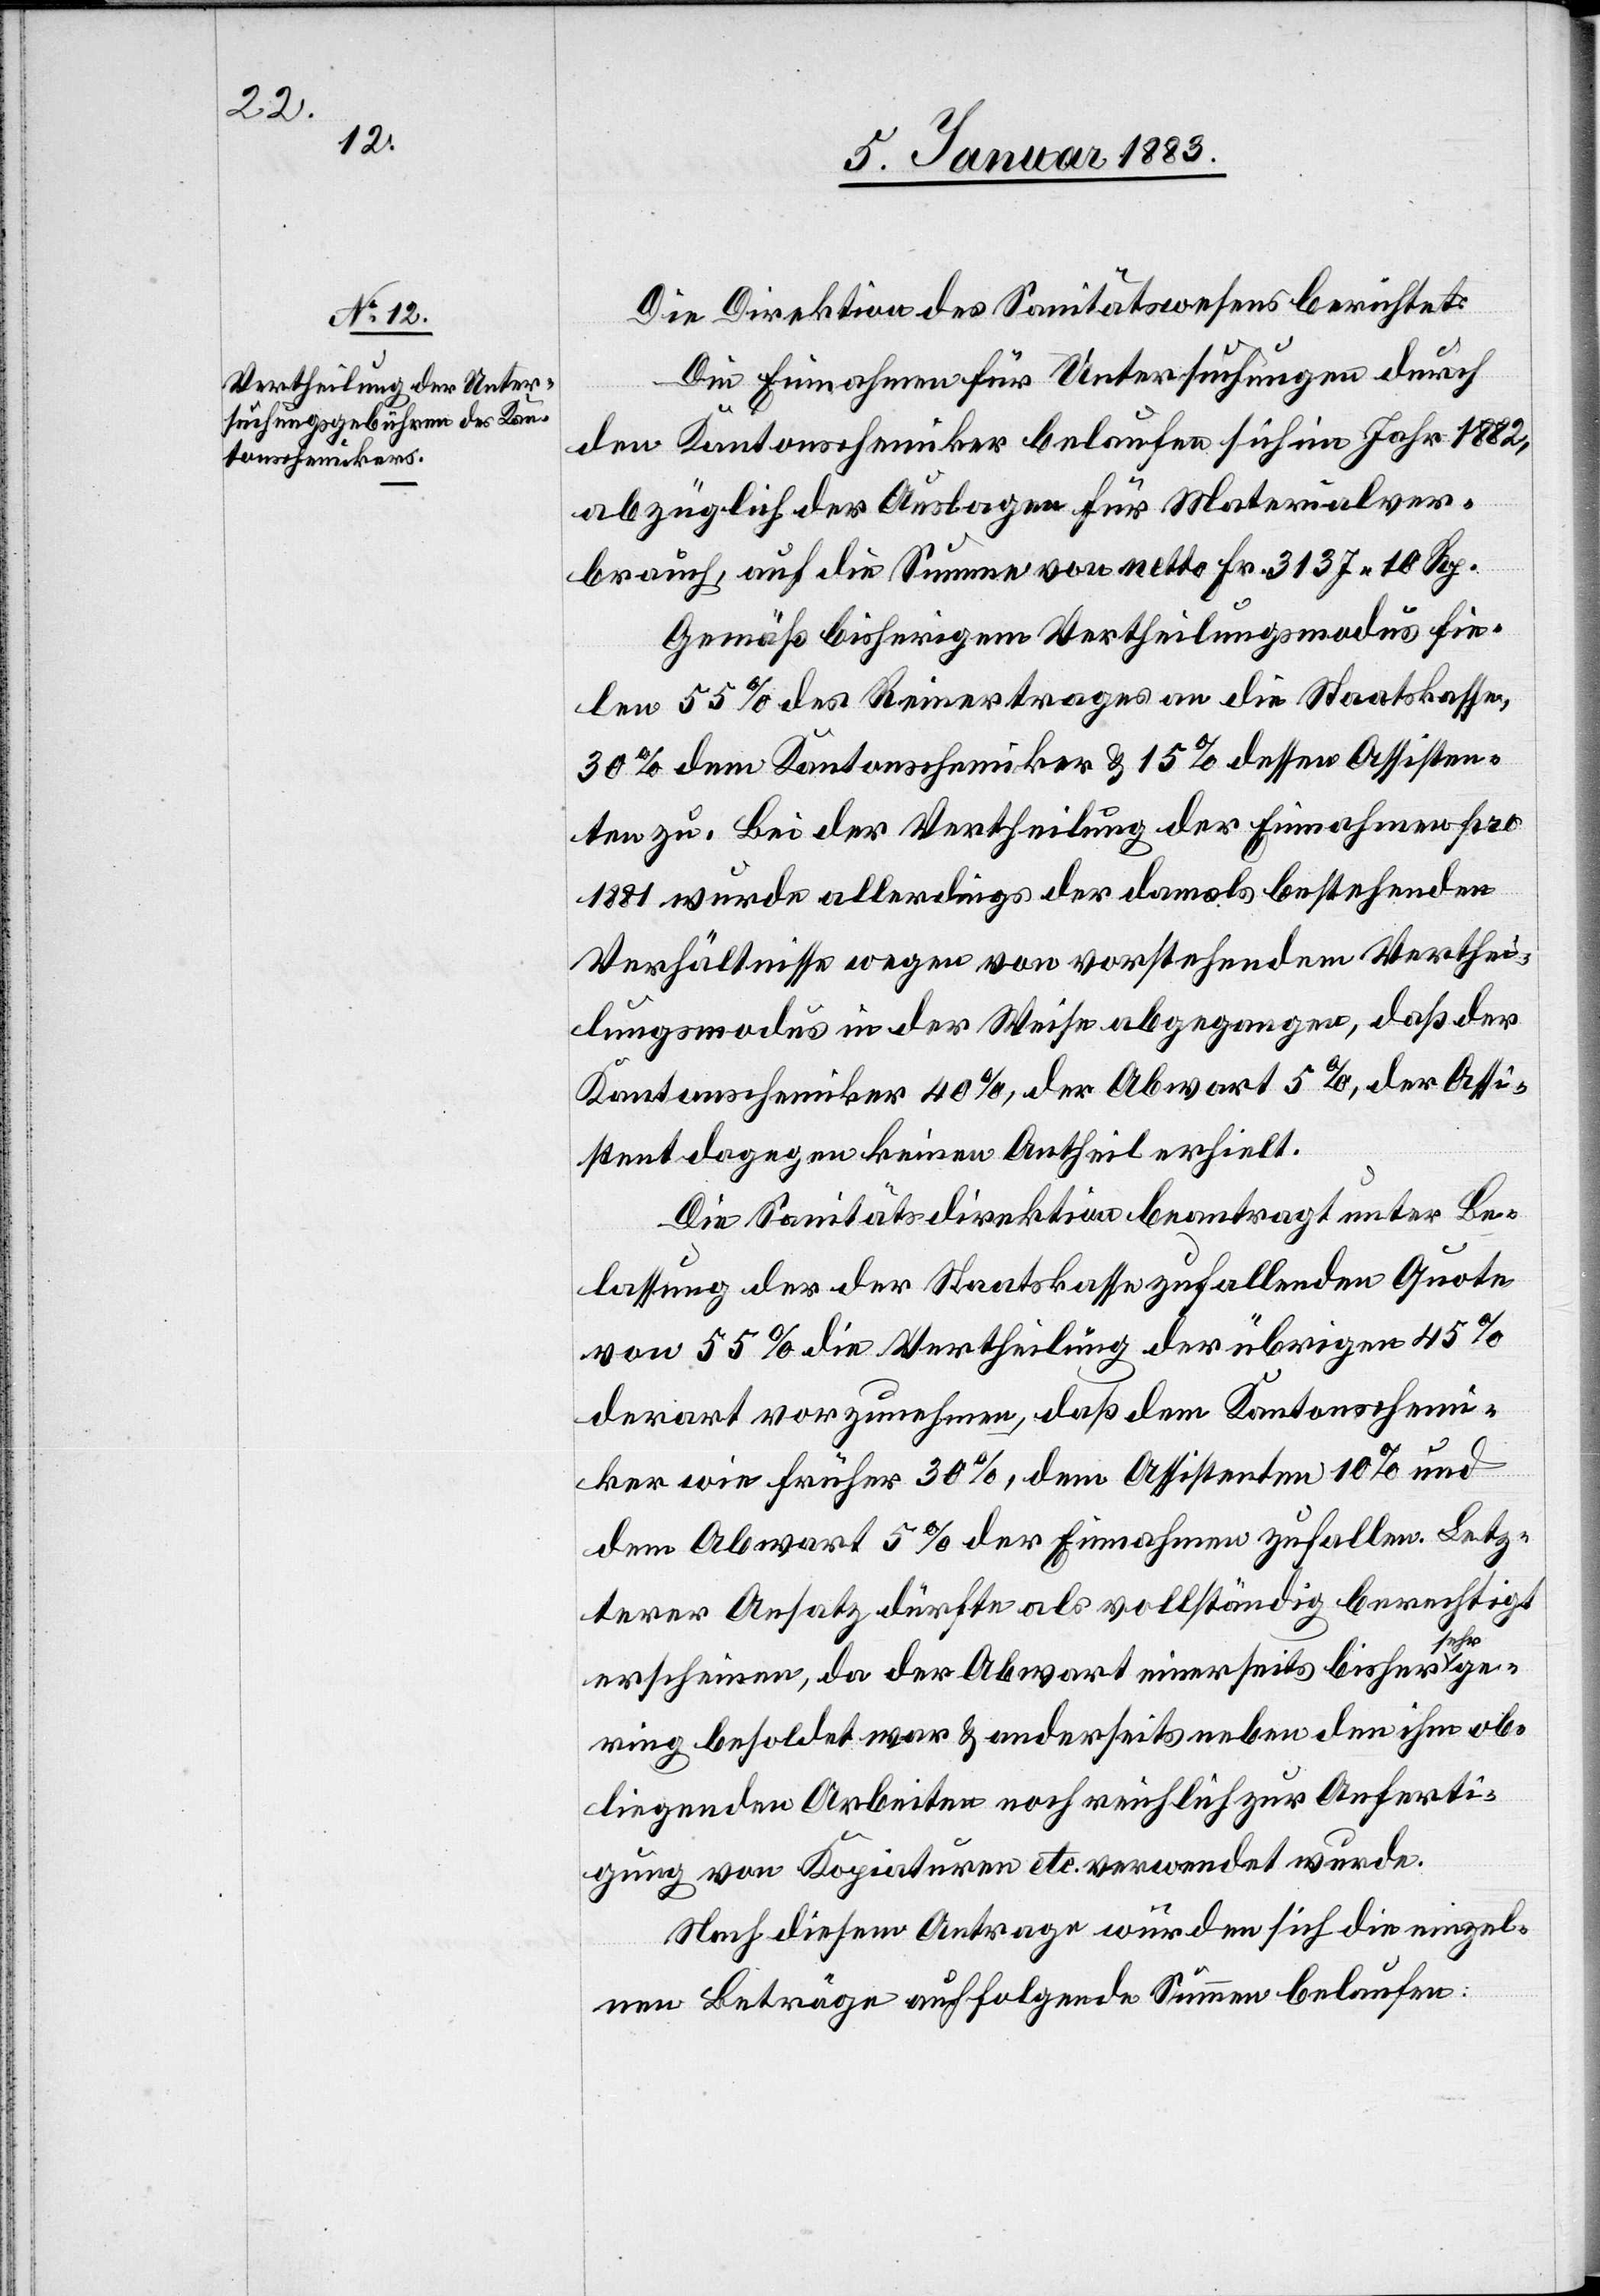
Die Direktion des Sanitätswesens berichtet:
Die Einnahmen für Untersuchungen durch
den Kantonschemiker belaufen sich im Jahr 1882,
abzüglich der Auslagen für Materialver¬
brauch, auf die Summe von netto Fr. 3137 10 Rp.
Gemäß bisherigem Vertheilungsmodus fie¬
len 55% des Reinertrages an die Staatskasse,
30% dem Kantonschemiker & 15% dessen Assisten¬
ten zu. Bei der Vertheilung der Einnahmen pro
1881 wurde allerdings der damals bestehenden
Verhältnisse wegen von vorstehendem Verthei¬
lungsmodus in der Weise abgegangen, daß der
Kantonschemiker 40%, der Abwart 5%, der Assi¬
stent dagegen keinen Antheil erhielt.
Die Sanitätsdirektion beantragt unter Be¬
lassung der der Staatskasse zufallenden Quote
von 55% die Vertheilung der übrigen 45%
derart vorzunehmen, daß dem Kantonschem¬
iker wie früher 30%, dem Assistenten 10% und
dem Abwart 5% der Einnahmen zufallen. Letz¬
erer Ansatz dürfte als vollständig berechtigt
erscheinen, da der Abwart einerseits bisher sehr
gering besoldet war & anderseits neben den ihm ob¬
liegenden Arbeiten noch reichlich zur Anferti¬
gung von Kopiaturen etc. verwendet wurde.
Nach diesem Antrage würden sich die einzel¬
nen Beträge auf folgende Summen belaufen: